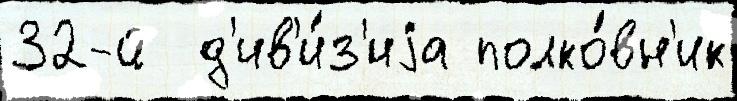
32-й  д'ив'и́з'иjа полко́вн'ик